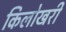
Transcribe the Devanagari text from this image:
किलोखरी